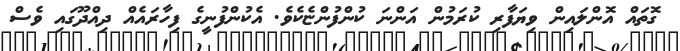
ގޮތައް އޮންލައިން ވިޔަފާރި ކުރަމުން އަންނަ ކުންފުންޏެކެވެ. އެކުންފުނީގެ ފިހާރައެއް ދިއްދޫގައި ވެސް